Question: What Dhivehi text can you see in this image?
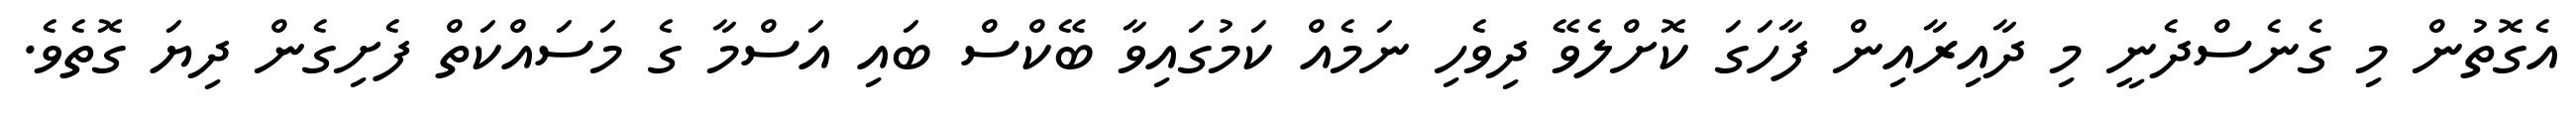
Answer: އެގޮތުން މި ގެނެސްދެނީ މި ދާއިރާއިން ފާހަގަ ކޮށްލެވޭ ދިވެހި ނަމެއް ކަމުގައިވާ ބޭކްސް ބައި އަސްމާ ގެ މަސައްކަތް ފެށިގެން ދިޔަ ގޮތެވެ.